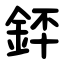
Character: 銔